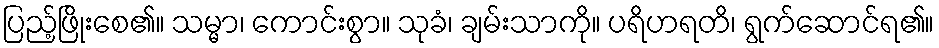
ပြည့်ဖြိုးစေ၏။ သမ္မာ၊ ကောင်းစွာ။ သုခံ၊ ချမ်းသာကို။ ပရိဟရတိ၊ ရွက်ဆောင်ရ၏။